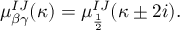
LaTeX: \mu _ { \beta \gamma } ^ { I J } ( \kappa ) = \mu _ { \frac 1 2 } ^ { I J } ( \kappa \pm 2 i ) .